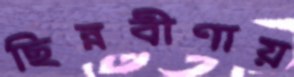
ছিন্নবীণায়